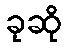
ခုဆို